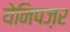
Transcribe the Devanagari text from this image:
येनिपज़र